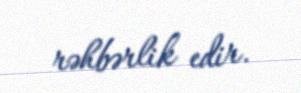
rəhbərlik edir.